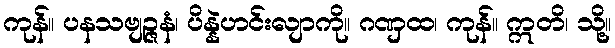
ကုန်။ ပနသဗျဉ္ဇနံ၊ ပိန္နဲဟင်းလျာကို။ ဂဏှထ၊ ကုန်။ ဣတိ၊ သို့။